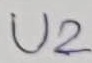
Text: U2